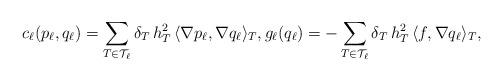
LaTeX: \begin{align*}c_\ell(p_\ell,q_\ell) = \sum_{T \in \mathcal{T}_\ell} \delta_T\, h_{T}^2 \,\langle \nabla p_\ell, \nabla q_\ell \rangle_T,g_\ell(q_\ell) = -\sum_{T \in \mathcal{T}_\ell} \delta_T\, h_{T}^2 \, \langle f, \nabla q_\ell \rangle_T,\end{align*}